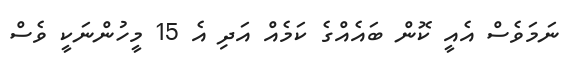
ނަމަވެސް އެއީ ކޮން ބައެއްގެ ކަމެއް އަދި އެ 15 މީހުންނަކީ ވެސް